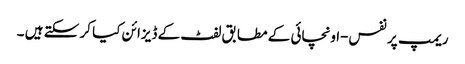
ریمپ پر نفس-اونچائی کے مطابق لفٹ کے ڈیزائن کیا کر سکتے ہیں ۔